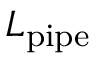
L _ { \mathrm { p i p e } }